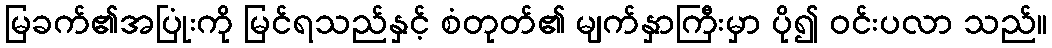
မြခက်၏အပြုံးကို မြင်ရသည်နှင့် စံတုတ်၏ မျက်နှာကြီးမှာ ပို၍ ဝင်းပလာ သည်။